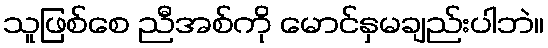
သူဖြစ်စေ ညီအစ်ကို မောင်နှမချည်းပါဘဲ။